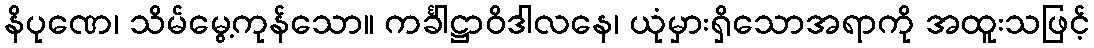
နိပုဏေ၊ သိမ်မွေ့ကုန်သော။ ကင်္ခါဋ္ဌာဝိဒါလနေ၊ ယုံမှားရှိသောအရာကို အထူးသဖြင့်